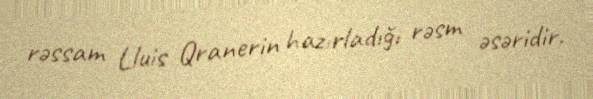
rəssam Lluis Qranerin hazırladığı rəsm əsəridir.